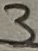
Text: 3